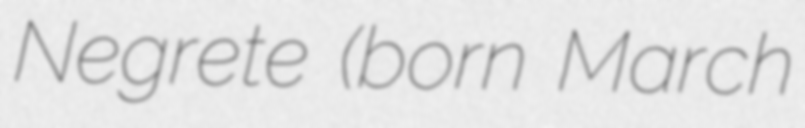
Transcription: Negrete (born March